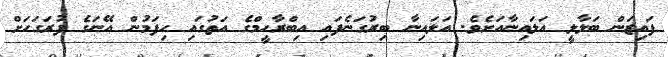
ފައިޒަން ބަލާލީ އަލައިނާއަށެވެ. އަލައިނާ ބިރުގަނެފައި އިބްރާހީމްގެ އަތުގައި ހިފަމުން އޭނަގެ ފުރަގަހަށް